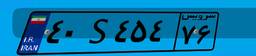
۸۲S۵۸۸۳۷